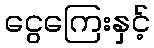
ငွေကြေးနှင့်